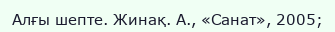
Алғы шепте. Жинақ. А., «Санат», 2005;